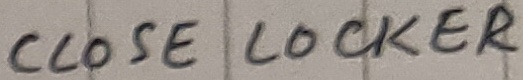
Text: CLOSE LOCKER